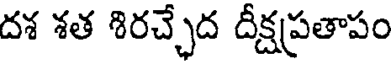
దశ శత శిరచ్చేద దీక్షపతాపం